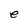
Character: e